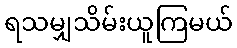
ရသမျှသိမ်းယူကြမယ်